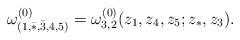
LaTeX: \begin{align*}\omega^{(0)}_{(1,\bar *,\bar 3,4,5)}=\omega^{(0)}_{3,2}(z_1,z_4,z_5;z_*,z_3).\end{align*}